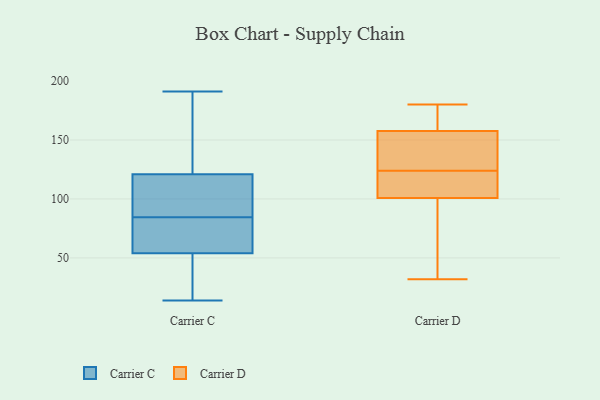
{"axis": {"x": "Gross Profit (USD K)", "y": "Value"}, "legend": ["Carrier C", "Carrier D"], "data": [{"x": "", "y": 63, "type": "Carrier C"}, {"x": "", "y": 124, "type": "Carrier C"}, {"x": "", "y": 88, "type": "Carrier C"}, {"x": "", "y": 191, "type": "Carrier C"}, {"x": "", "y": 28, "type": "Carrier C"}, {"x": "", "y": 99, "type": "Carrier C"}, {"x": "", "y": 58, "type": "Carrier C"}, {"x": "", "y": 87, "type": "Carrier C"}, {"x": "", "y": 52, "type": "Carrier C"}, {"x": "", "y": 39, "type": "Carrier C"}, {"x": "", "y": 61, "type": "Carrier C"}, {"x": "", "y": 56, "type": "Carrier C"}, {"x": "", "y": 189, "type": "Carrier C"}, {"x": "", "y": 180, "type": "Carrier C"}, {"x": "", "y": 118, "type": "Carrier C"}, {"x": "", "y": 82, "type": "Carrier C"}, {"x": "", "y": 96, "type": "Carrier C"}, {"x": "", "y": 191, "type": "Carrier C"}, {"x": "", "y": 14, "type": "Carrier C"}, {"x": "", "y": 36, "type": "Carrier C"}, {"x": "", "y": 134, "type": "Carrier D"}, {"x": "", "y": 108, "type": "Carrier D"}, {"x": "", "y": 97, "type": "Carrier D"}, {"x": "", "y": 32, "type": "Carrier D"}, {"x": "", "y": 146, "type": "Carrier D"}, {"x": "", "y": 102, "type": "Carrier D"}, {"x": "", "y": 121, "type": "Carrier D"}, {"x": "", "y": 156, "type": "Carrier D"}, {"x": "", "y": 163, "type": "Carrier D"}, {"x": "", "y": 180, "type": "Carrier D"}, {"x": "", "y": 162, "type": "Carrier D"}, {"x": "", "y": 42, "type": "Carrier D"}, {"x": "", "y": 124, "type": "Carrier D"}]}